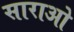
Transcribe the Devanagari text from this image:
साराओ